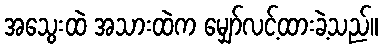
အသွေးထဲ အသားထဲက မျှော်လင့်ထားခဲ့သည်။